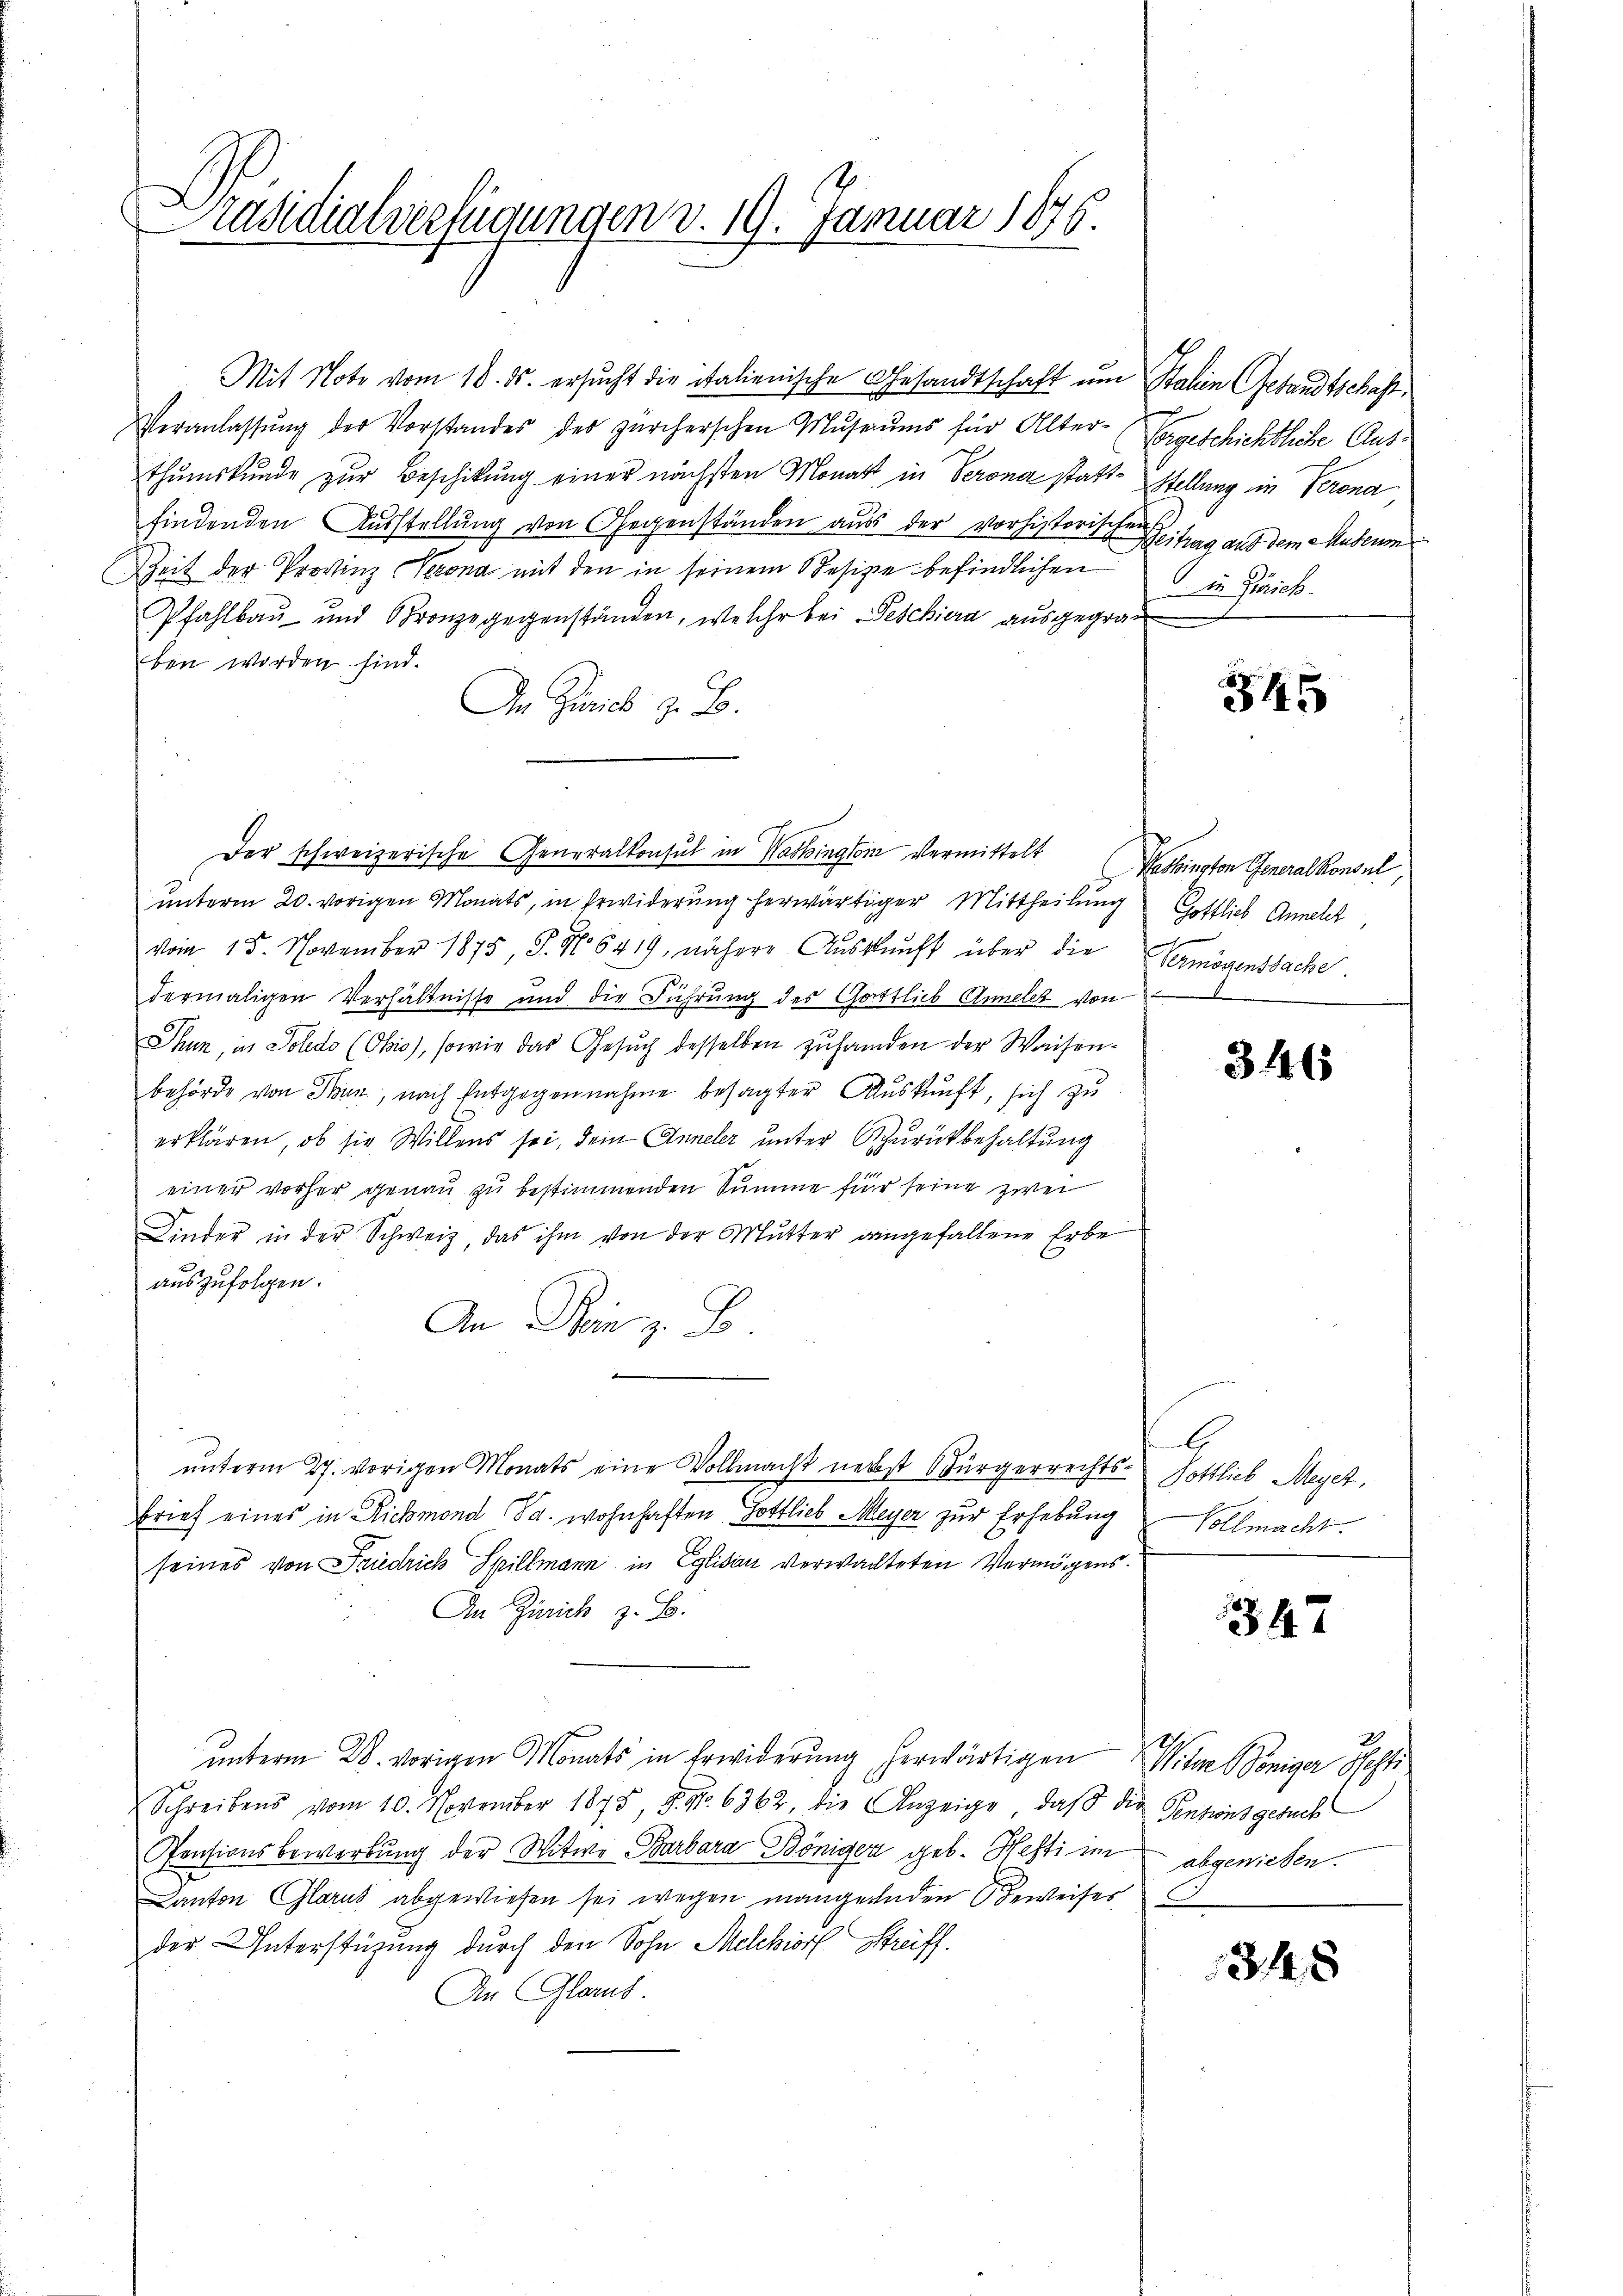
räsidialverfügungen v. 19. Januar 1876.
.

Mit Note vom 10. ds. ersucht die italienische Gesandtschaft um Stalien Gesandtschaft,
Veranlassŭng der Vorstandes der zürcherschen Mŭsaŭms für Alter-
thumskunde zur Beschikung einer nächsten Monat in Verone statt-Stellung ein Verona
findenden Ausstellung von Gegenständen aus der Vorhistorischen Zeitrag aus dem Museum
Zeit der Provinz Verona mit den in seinem Resige befindlichen
Pfahlbau und Bronze gegenständen, welche bei Peschiera ausgegran
ben worden sind.
An Zürich z. B.
unterm 20. vorigen Monats, in Erwiderung herwärtiger Mittheilung
vom 15. November 1875, P. Nr. 6419, nähere Aŭskŭnft über die Vermögensbache.
dermaligen Verhältnisse und die Führung des Gottlieb Annelet von
Thun, in Solido (Obis), sowie das Gesuch desselben zuhanden der Waisenbehörde von Senn, nach Entgegennahme besagter Auskunft, sich zu
erklären, ob sie Willens sei, dein Anneler unter zurückbehaltung
einer vorher genau zu bestimmenden Summe für seine zwei
Kinder in der Schweiz, das ihm von der Mŭtter dangefallene Erbe
auszufolgen.
An Dein z. B.
unterm 27. vorigen Monats eine Vollmacht nebst Bürgerrechts- Gottlieb Meyer,
Brief eines in Rickmond da wohnhaften Gottlieb Meyer zur Erhebung
seines von Friedrich Spillmann in Eglisau verwachteten Vermögens.
An Zürich z. B.
unterm 28. vorigen Monats in Erwiderung herwärtigen Witwe Böniger Besti
Schreibens vom 10. November 1875, S. Nr. 6362 die Anzeige, daß die Sentionsgesuch
Pensionsbewerbŭng der Witwe Barbara Böniger geb. Hefti im
Canton Glarus abgewiesen sei wegen mangeladen Beweiser
der Unterstüzung durch den Sohn Melchiorf Streiff.
An Glarus

Der schweizerische Generalkonsul in Washington vermittelt Washington Generalkonsul,

Eorgeschichtliche Aus¬
 in Zürich.

545

Gottlich Annelch

346

G
Vollmacht.

347

abgewiesen.

34 x